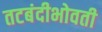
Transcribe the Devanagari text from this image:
तटबंदीभोवती